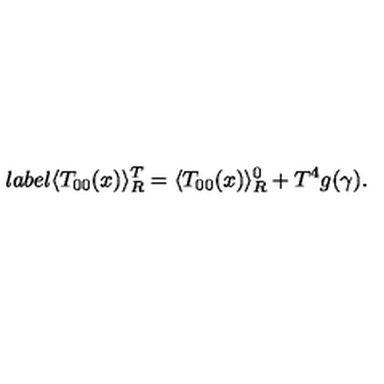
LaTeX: l a b e l { } \langle T _ { 0 0 } ( x ) \rangle _ { R } ^ { T } = \langle T _ { 0 0 } ( x ) \rangle _ { R } ^ { 0 } + T ^ { 4 } g ( \gamma ) .